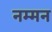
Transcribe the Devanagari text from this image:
नम्मन